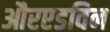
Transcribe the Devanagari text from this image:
औरएडविन